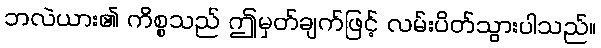
ဘလဲယား၏ ကိစ္စသည် ဤမှတ်ချက်ဖြင့် လမ်းပိတ်သွားပါသည်။